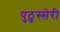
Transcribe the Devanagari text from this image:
पुठुस्सेरी